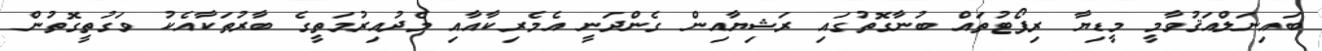
ބައިނަލްއަޤުވާމީ މީޑިޔާ ރިޕޯޓުތައް ބުނާގޮތުގައި ރަޝިޔާއިން ގެންދަނީ އެމެރިކާއާއި މެދުއިރުމަތީގެ ބާރުތަކާއެކު ވަގުތީގޮތުން